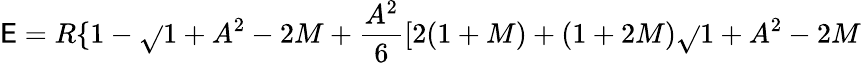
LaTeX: \mathsf{E}=R\{ 1-\sqrt{}{{1+A^{2}-2M}}+\frac{{A^{2}}}{{6}}[2(1+M)+(1+2M)\sqrt{}{{1+A^{2}-2M}}